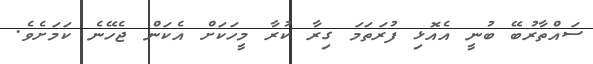
ސައްތާރުބޭ ބުނީ އެއޮޅި ފުރަތަމަ ގިރާ ކުރާ މީހަކަށް އެކަން ޖެހޭނެ ކަމަށެވެ.